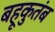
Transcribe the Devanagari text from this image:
बहूकुतंब